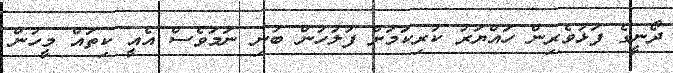
ދޯނީގެ ފަޅުވެރިން ހައްޔަރު ކުރިކަމަށް ފުލުހުން ބުނި ނަމަވެސް އެއީ ކިތައް މީހުން